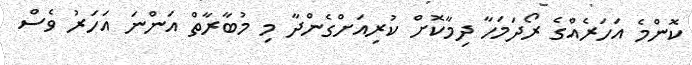
ކޮންމެ އަހަރެއްގެ ރޯދަމަހާ ދިމާކޮށް ކުރިއަށްގެންދާ މި މުބާރާތް އަންނަ އަހަރު ވެސް